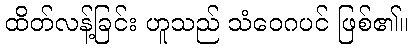
ထိတ်လန့်ခြင်း ဟူသည် သံဝေဂပင် ဖြစ်၏။